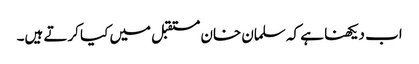
اب دیکھنا ہے کہ سلمان خان مستقبل میں کیا کرتے ہیں۔